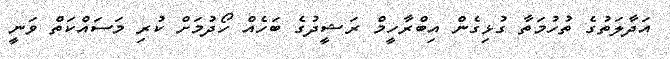
އަދާލަތުގެ ތުހުމަތާ ގުޅިގެން އިބްރާހީމް ރަޝީދުގެ ބަހެއް ހޯދުމަށް ކުރި މަސައްކަތް ވަނީ